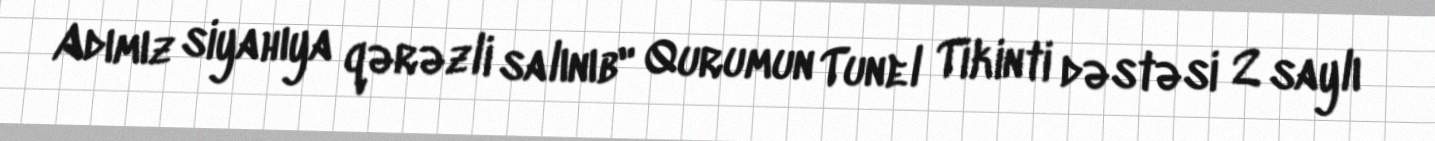
Adımız siyahıya qərəzli salınıb" Qurumun Tunel Tikinti dəstəsi 2 saylı